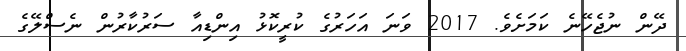
ދޭން ނުޖެހޭނެ ކަމަށެވެ. 2017 ވަނަ އަހަރުގެ ކުރީކޮޅު އިންޑިއާ ސަރުކާރުން ނެސްލޭގެ